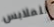
للملابس